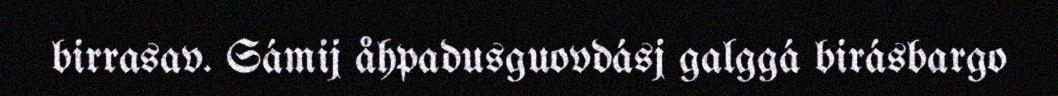
birrasav. Sámij åhpadusguovdásj galggá birásbargo